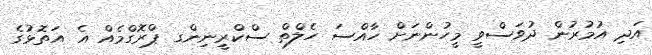
އަދި އުމުރުން ދުވަސްވީ މީހުންނަށް ހާއްސަ ހެލްތް ސްކްރީނިންގ ޕްރޮގްމެއް އެ އަތޮޅުގެ